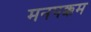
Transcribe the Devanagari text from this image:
मनपक्कम